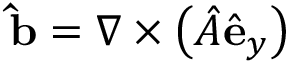
\mathbf { \hat { b } } = \nabla \times \left( \hat { A } \hat { \mathbf { e } } _ { y } \right)